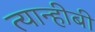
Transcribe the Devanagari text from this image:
त्यान्हीबी